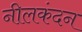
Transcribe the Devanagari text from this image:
नीलकंदन